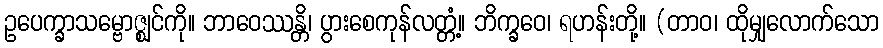
ဥပေက္ခာသမ္ဗောဇ္ဈင်ကို။ ဘာဝေဿန္တိ၊ ပွားစေကုန်လတ္တံ့။ ဘိက္ခဝေ၊ ရဟန်းတို့။ (တာဝ၊ ထိုမျှလောက်သော